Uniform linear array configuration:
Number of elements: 64
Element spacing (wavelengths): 0.75
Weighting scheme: hann
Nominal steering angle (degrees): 30
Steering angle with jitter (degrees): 30.649
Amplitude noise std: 0.05
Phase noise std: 0.05

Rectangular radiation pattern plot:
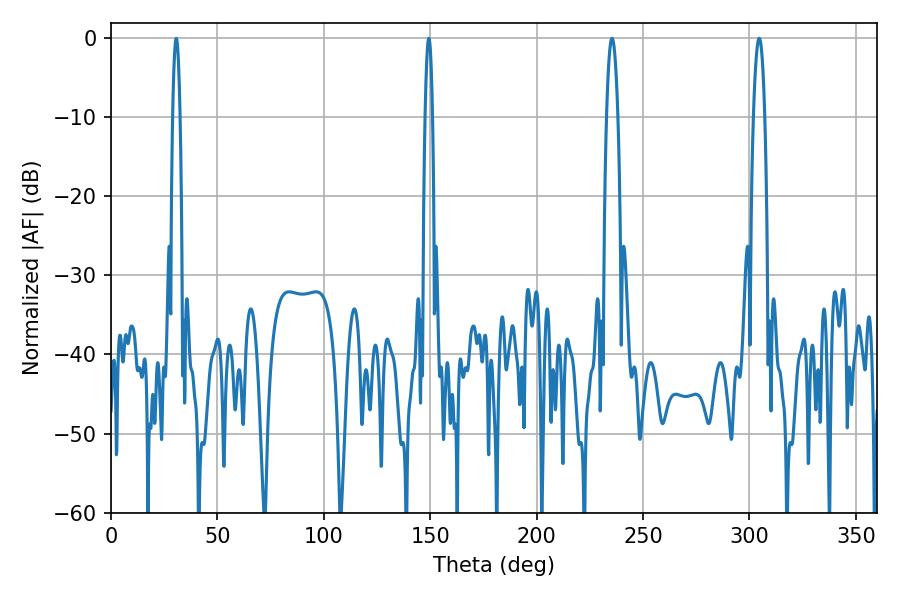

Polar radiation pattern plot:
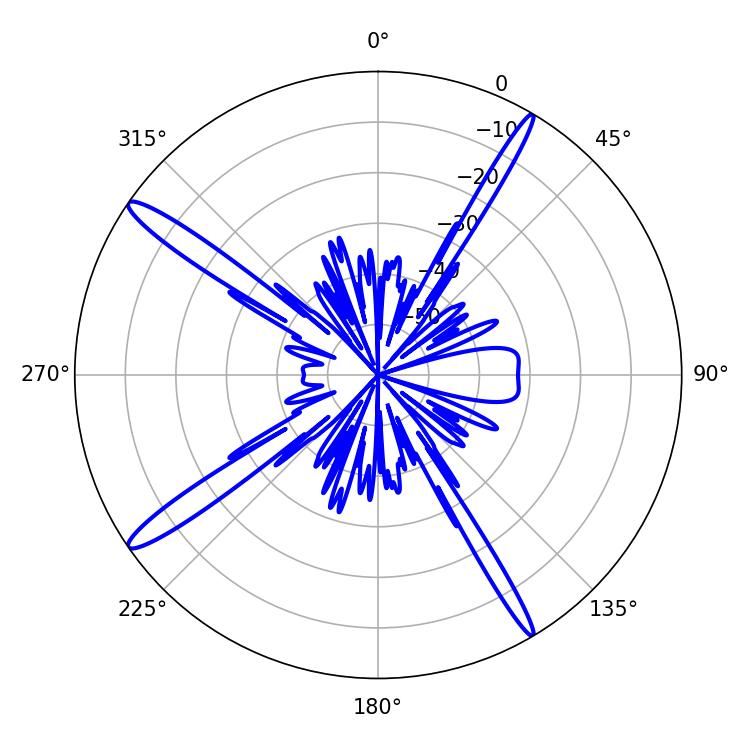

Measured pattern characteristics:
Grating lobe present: TRUE
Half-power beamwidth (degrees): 2.88
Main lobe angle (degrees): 235.44